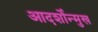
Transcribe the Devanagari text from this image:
आदर्शोन्‍मुख